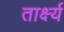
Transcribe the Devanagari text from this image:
तार्क्ष्य